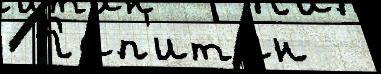
 Кап'ита́н